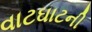
વાટઘાટની